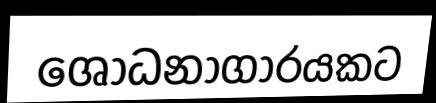
ශෝධනාගාරයකට